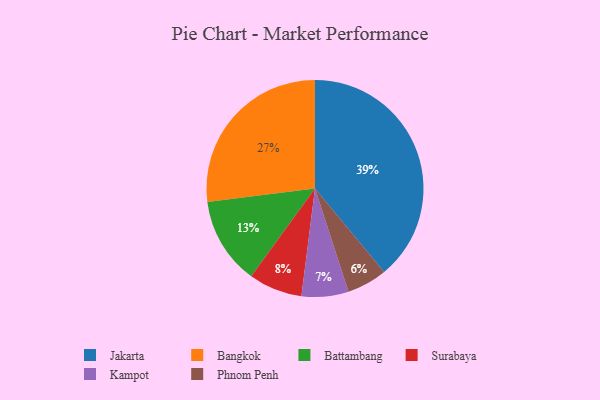
{"axis": {"x": "Category", "y": "Percentage"}, "legend": ["Bangkok", "Battambang", "Jakarta", "Kampot", "Phnom Penh", "Surabaya"], "data": [{"x": "Surabaya", "y": 8, "type": "Surabaya"}, {"x": "Phnom Penh", "y": 6, "type": "Phnom Penh"}, {"x": "Jakarta", "y": 39, "type": "Jakarta"}, {"x": "Bangkok", "y": 27, "type": "Bangkok"}, {"x": "Battambang", "y": 13, "type": "Battambang"}, {"x": "Kampot", "y": 7, "type": "Kampot"}]}